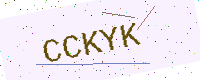
Text: CCKYK